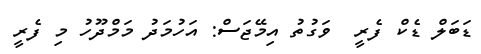
ޑަބަލް ޑެކް ފެރީ  ވަގުތު އިމޭޖަސް: އަހުމަދު މަމްދޫހު މި ފެރީ